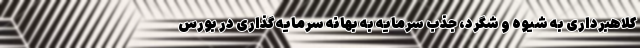
کلاهبرداری به شیوه و شگرد، جذب سرمایه به بهانه سرمایه گذاری در بورس